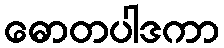
ဓောတပါဒကာ